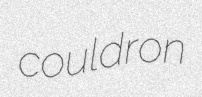
couldron